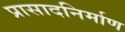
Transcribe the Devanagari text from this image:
प्रासादनिर्माण